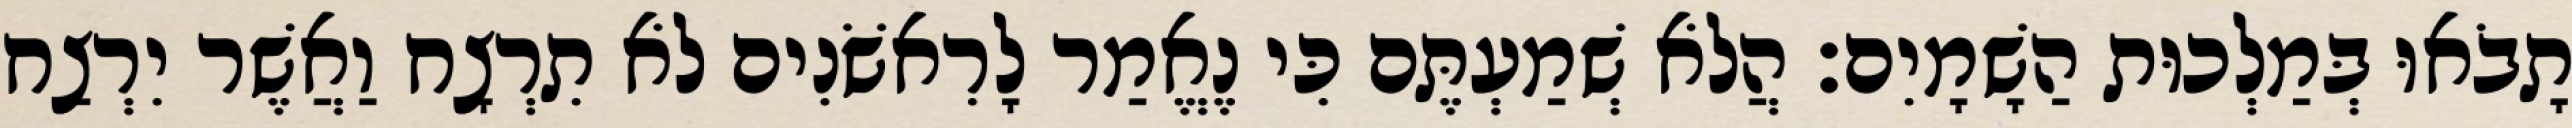
תָבֹאוּ בְּמַלְכוּת הַשָׁמָיִם׃ הֲלֹא שְׁמַעְתֶּם כִּי נֶאֱמַר לָרִאשֹׁנִים לֹא תִרְצָח וַאֲשֶׁר יִרְצַח